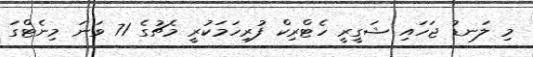
މި ލަނޑު ޖަހައި ޝަގީރީ ހެޓްރިކް ފުރިހަމަކުރީ މެޗުގެ 71 ވަނަ މިނެޓްގަ